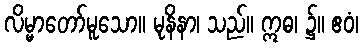
လိမ္မာတော်မူသော။ မုနိနာ၊ သည်။ ဣဓ၊ ၌။ ဧဝံ၊